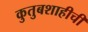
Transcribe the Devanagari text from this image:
कुतुबशाहीची